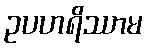
ဥပဟရိဿာမ